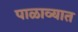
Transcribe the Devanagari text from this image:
पाळाव्यात